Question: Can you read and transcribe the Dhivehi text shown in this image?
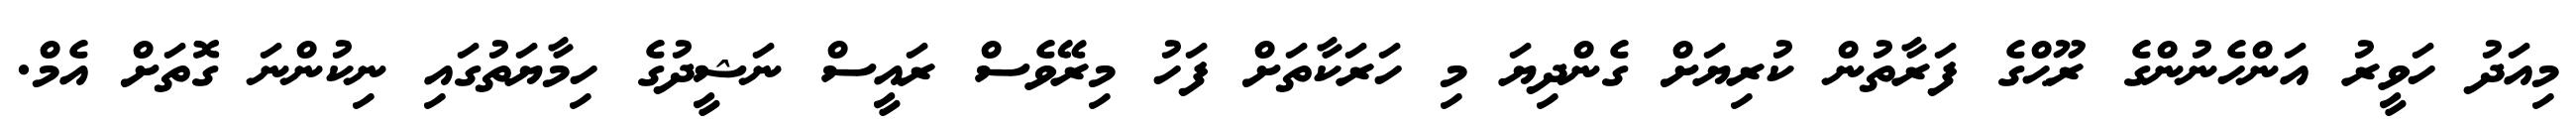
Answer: މިއަދު ހަވީރު އަންހެނުންގެ ރޫޙްގެ ފަރާތުން ކުރިޔަށް ގެންދިޔަ މި ހަރަކާތަށް ފަހު މިރޭވެސް ރައީސް ނަޝީދުގެ ހިމާޔަތުގައި ނިކުންނަ ގޮތަށް އެމް.